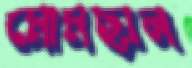
মোমছাল